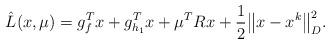
LaTeX: \begin{align*}\hat{L}(x,\mu) = g^T_f x + g^T_{h_1} x + \mu^T Rx + \frac{1}{2}\big\|x - x^k\big\|^2_D.\end{align*}